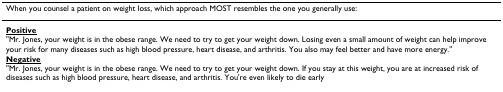
| When you counsel a patient on weight loss, which approach MOST resembles the one you generally use: |
 | --- |
 | <underline>Positive</underline>"Mr. Jones, your weight is in the obese range. We need to try to get your weight down. Losing even a small amount of weight can help improve your risk for many diseases such as high blood pressure, heart disease, and arthritis. You also may feel better and have more energy." |
 | <underline>Negative</underline>"Mr. Jones, your weight is in the obese range. We need to try to get your weight down. If you stay at this weight, you are at increased risk of diseases such as high blood pressure, heart disease, and arthritis. You're even likely to die early |